Source: Handwritten
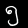
Digit: ၅ (5)